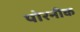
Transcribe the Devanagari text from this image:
पोरनीक